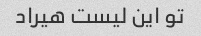
تو این لیست هیراد